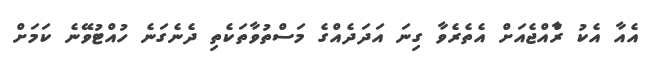
އެއާ އެކު ރާްއްޖެއަށް އެތެރެވާ ގިނަ އަދަދެއްގެ މަސްތުވާތަކެތި ދެނެގަނެ ހުއްޓުވޭނެ ކަމަށް